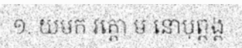
១. យមក វគ្គោ ម នោបុព្ពង្គ